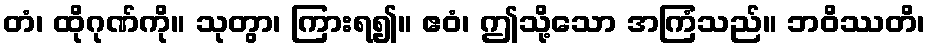
တံ၊ ထိုဂုဏ်ကို။ သုတွာ၊ ကြားရ၍။ ဧဝံ၊ ဤသို့သော အကြံသည်။ ဘဝိဿတိ၊